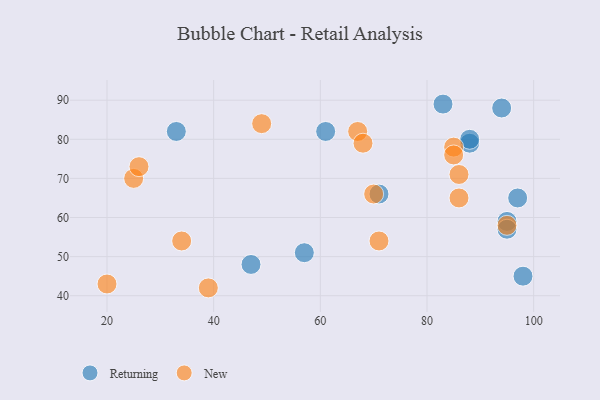
{"axis": {"x": "GDP", "y": "Life Expectancy"}, "legend": ["New", "Returning"], "data": [{"x": "95", "y": 59, "type": "Returning"}, {"x": "47", "y": 48, "type": "Returning"}, {"x": "97", "y": 65, "type": "Returning"}, {"x": "88", "y": 79, "type": "Returning"}, {"x": "95", "y": 57, "type": "Returning"}, {"x": "98", "y": 45, "type": "Returning"}, {"x": "94", "y": 88, "type": "Returning"}, {"x": "88", "y": 80, "type": "Returning"}, {"x": "33", "y": 82, "type": "Returning"}, {"x": "83", "y": 89, "type": "Returning"}, {"x": "61", "y": 82, "type": "Returning"}, {"x": "71", "y": 66, "type": "Returning"}, {"x": "57", "y": 51, "type": "Returning"}, {"x": "85", "y": 78, "type": "New"}, {"x": "25", "y": 70, "type": "New"}, {"x": "67", "y": 82, "type": "New"}, {"x": "39", "y": 42, "type": "New"}, {"x": "86", "y": 65, "type": "New"}, {"x": "26", "y": 73, "type": "New"}, {"x": "34", "y": 54, "type": "New"}, {"x": "85", "y": 76, "type": "New"}, {"x": "68", "y": 79, "type": "New"}, {"x": "71", "y": 54, "type": "New"}, {"x": "70", "y": 66, "type": "New"}, {"x": "86", "y": 71, "type": "New"}, {"x": "95", "y": 58, "type": "New"}, {"x": "49", "y": 84, "type": "New"}, {"x": "20", "y": 43, "type": "New"}]}